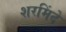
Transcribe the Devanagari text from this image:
शरमिंदे